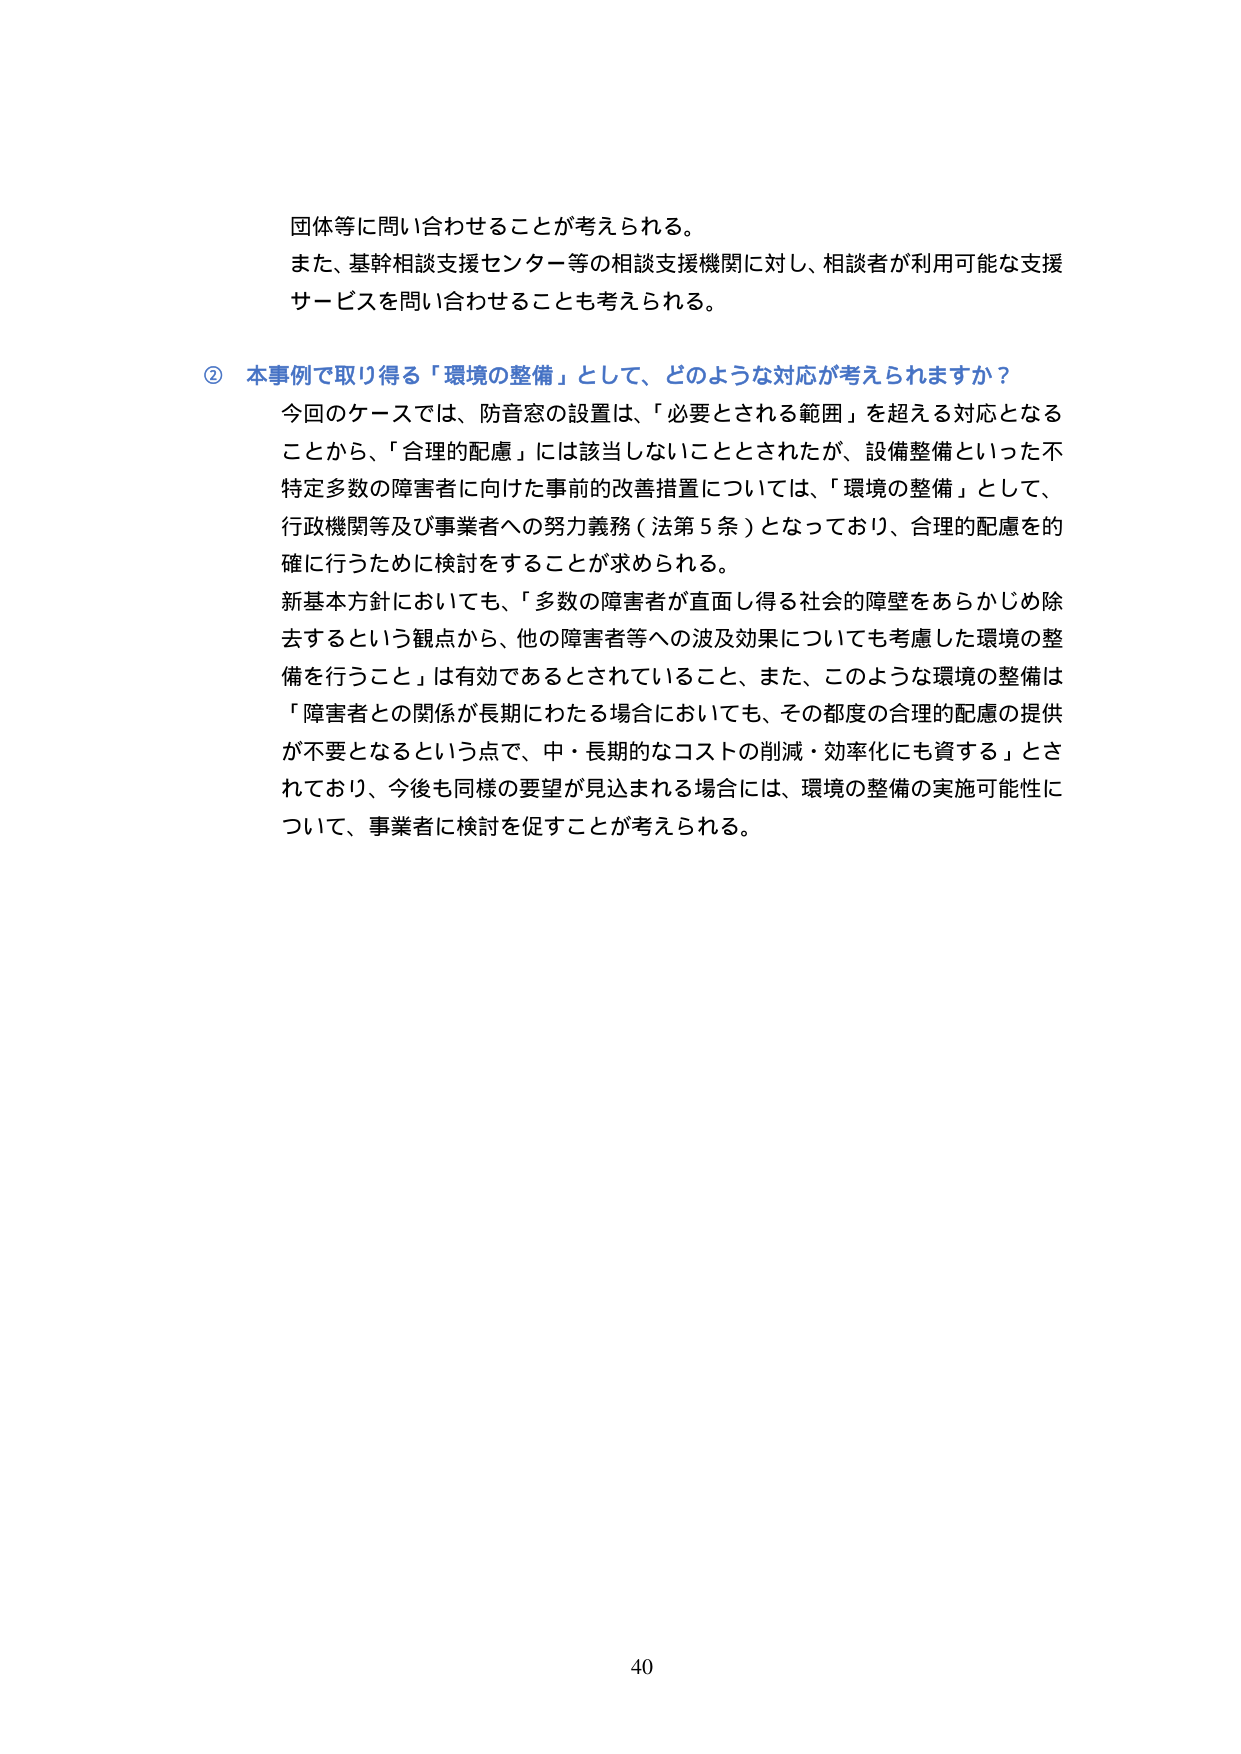
団体等に問い合わせることが考えられる。
また、基幹相談支援センター等の相談支援機関に対し、相談者が利用可能な支援サービスを問い合わせることも考えられる。

② 本事例で取り得る「環境の整備」として、どのような対応が考えられますか？
今回のケースでは、防音窓の設置は、「必要とされる範囲」を超える対応となることから、「合理的配慮」には該当しないこととされたが、設備整備といった不特定多数の障害者に向けた事前の改善措置については、「環境の整備」として、行政機関等及び事業者への努力義務（法第5条）となっており、合理的配慮を的確に行うために検討をすることが求められる。
新基本方針においても、「多数の障害者が直面し得る社会的障壁をあらかじめ除去するという観点から、他の障害者等への波及効果についても考慮した環境の整備を行うこと」は有効であるとされていること、また、このような環境の整備は「障害者との関係が長期にわたる場合においても、その都度の合理的配慮の提供が不要となるという点で、中・長期的なコストの削減・効率化にも資する」とされており、今後も同様の要望が見込まれる場合には、環境の整備の実施可能性について、事業者に検討を促すことが考えられる。

40